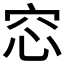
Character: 𥥁